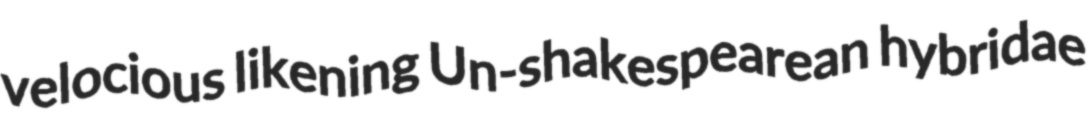
velocious likening Un-shakespearean hybridae